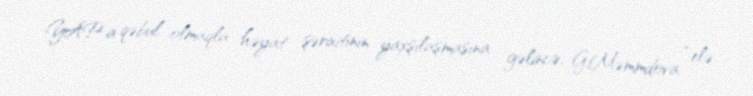
YAP-a qəbul olmaqla həyat şəraitinin yaxşılaşmasına gəlincə, G.Məmmdova “elə